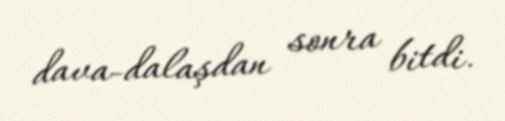
dava-dalaşdan sonra bitdi.